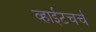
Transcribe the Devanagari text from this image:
व्हाईटचर्च